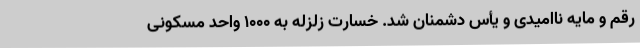
رقم و مایه ناامیدی و یأس دشمنان شد. خسارت زلزله به 1000 واحد مسکونی